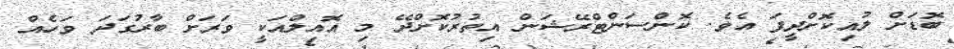
ބޮޑަށް ލުއިކޮށްދީފަ އެވެ. ކޮންސަންޓްރޭޝަން އިތުރުކޮށްދޭ މި އޮއިލްއަކީ ވަރަށް ބާރުގަދަ ވަހެއް